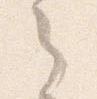
之